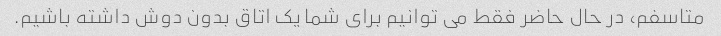
متاسفم، در حال حاضر فقط می توانیم برای شما یک اتاق بدون دوش داشته باشیم.